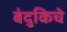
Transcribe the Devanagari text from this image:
बंदुकिचे